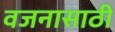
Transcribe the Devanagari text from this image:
वजनासाठी